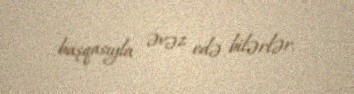
başqasıyla əvəz edə bilərlər.